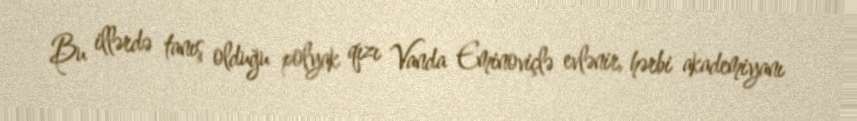
Bu illərdə tanış olduğu polyak qızı Vanda Eminoviçlə evlənir, hərbi akademiyanı